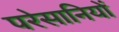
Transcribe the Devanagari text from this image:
परेसानियों